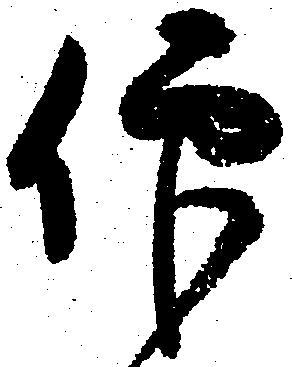
仰